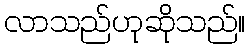
လာသည်ဟုဆိုသည်။